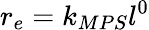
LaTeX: r_{e}=k_{MPS}l^{0}